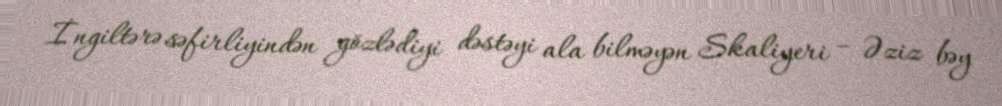
İngiltərə səfirliyindən gözlədiyi dəstəyi ala bilməyən Skaliyeri – Əziz bəy